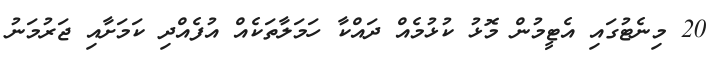
20 މިނެޓުގައި އެޓީމުން މޮޅު ކުޅުމެއް ދައްކާ ހަމަލާތަކެއް އުފެއްދި ކަމަށާއި ޖަރުމަނު